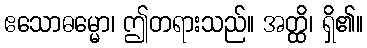
ဧသောဓမ္မော၊ ဤတရားသည်။ အတ္ထိ၊ ရှိ၏။